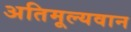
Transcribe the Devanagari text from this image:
अतिमूल्यवान